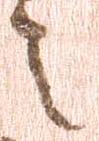
之